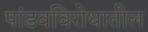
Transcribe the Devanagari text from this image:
पांडवविरोधातील